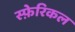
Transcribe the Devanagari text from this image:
स्फ़ेरिकल